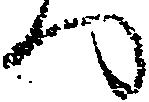
ハ